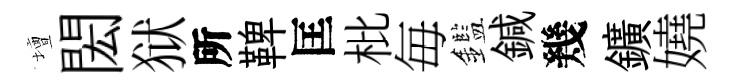
壇閎狱所鞞匡枇毎鑑鍼幾鑛嬈